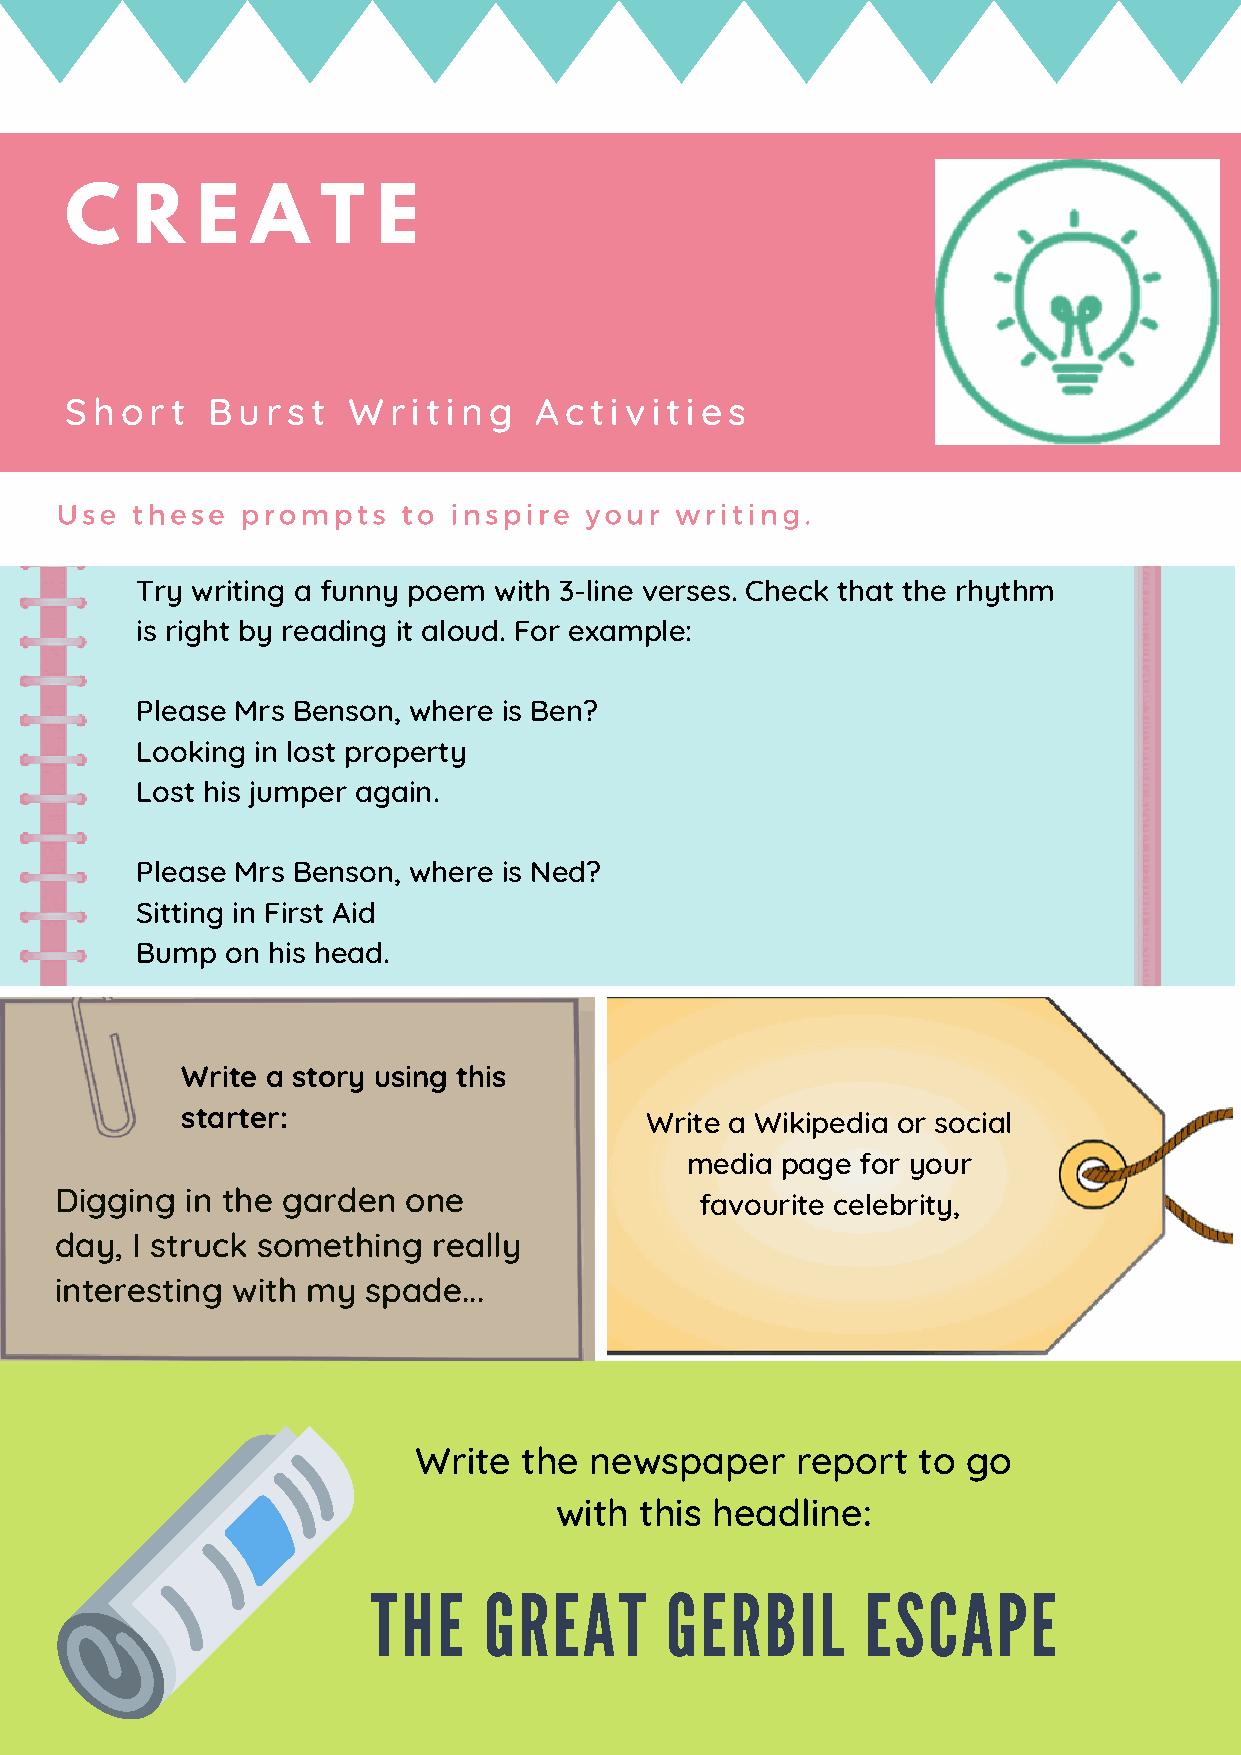
C    R   E   A   T   E
 Short     Burst    Writing     Activities
 Use  these  prompts    to inspire  your  writing.
 Try writing a funny poem with 3-line verses. Check that the rhythm
 is right by reading it aloud. For example:
 Please Mrs Benson, where is Ben?
 Looking in lost property
 Lost his jumper again.
 Please Mrs Benson, where is Ned?
 Sitting in First Aid
 Bump  on his head.
 Write a story using this
 starter:                       Write a Wikipedia or social
 media  page for your
 Digging in the garden  one
 favourite celebrity,
 day, I struck something  really
 interesting with my spade...
 Write   the newspaper     report  to go
 with this headline:
 THE    GREAT       GERBIL       ESCAPE